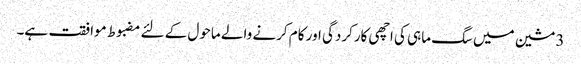
3 مشین میں سگ ماہی کی اچھی کارکردگی اور کام کرنے والے ماحول کے لئے مضبوط موافقت ہے۔